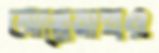
আগ্নেয়াস্ত্রও